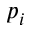
p _ { i }